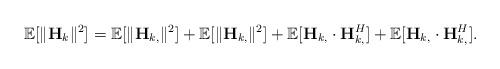
LaTeX: \begin{align*}\mathbb{E}[\|\mathbf{H}_k\|^2] = \mathbb{E}[ \|\mathbf{H}_{k,} \|^2 ] + \mathbb{E}[ \|\mathbf{H}_{k,} \|^2 ] + \mathbb{E}[\mathbf{H}_{k,} \cdot \mathbf{H}^H_{k,}] + \mathbb{E}[\mathbf{H}_{k,} \cdot \mathbf{H}^H_{k,}].\end{align*}